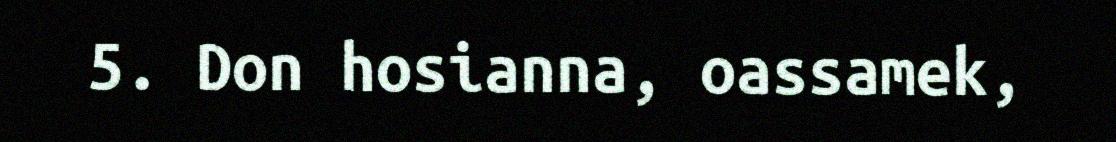
5. Don hosianna, oassamek,